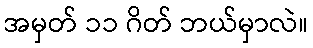
အမှတ် ၁၁ ဂိတ် ဘယ်မှာလဲ။